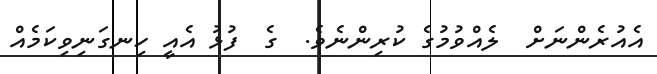
އެއުރެންނަށް  ލެއްވުމުގެ ކުރިންނެވެ.  ގެ  ފުޅު އެއީ ހިނގަނިވިކަމެއް